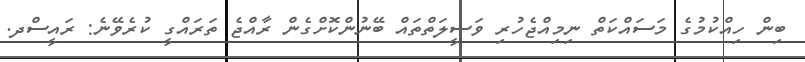
ބިން ހިއްކުމުގެ މަސައްކަތް ނިމިއްޖެހުރި ވަސީލަތްތައް ބޭނުންކޮށްގެން ރާއްޖެ ތަރައްގީ ކުރެވޭނެ: ރައީސްދ.